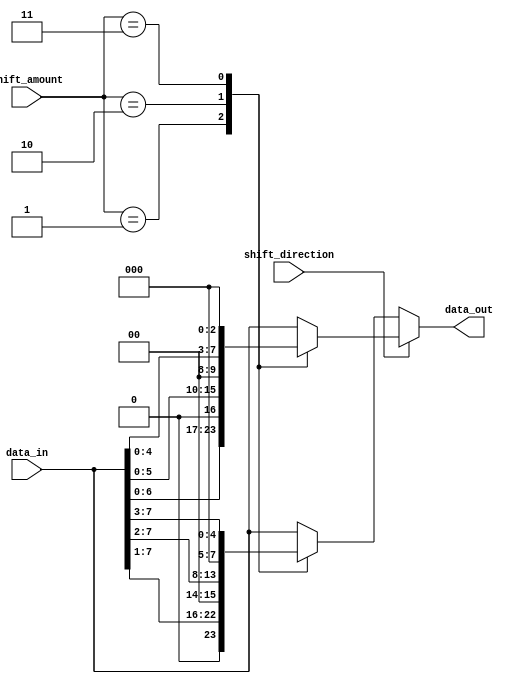
module barrel_shifter (
    input [7:0] data_in, // input data to be shifted
    input [2:0] shift_amount, // amount of shifting to be performed
    input shift_direction, // 0: right shift, 1: left shift
    output reg [7:0] data_out // shifted output data
);

reg [7:0] temp_data;

always @(*) begin
    temp_data = data_in;
    if (shift_direction == 1) begin // left shift
        case(shift_amount)
            3'd0: data_out = temp_data;
            3'd1: data_out = {temp_data[6:0], 1'b0};
            3'd2: data_out = {temp_data[5:0], 2'b00};
            3'd3: data_out = {temp_data[4:0], 3'b000};
            // continue for necessary shift amounts
            default: data_out = temp_data;
        endcase
    end
    else begin // right shift
        case(shift_amount)
            3'd0: data_out = temp_data;
            3'd1: data_out = {1'b0, temp_data[7:1]};
            3'd2: data_out = {2'b00, temp_data[7:2]};
            3'd3: data_out = {3'b000, temp_data[7:3]};
            // continue for necessary shift amounts
            default: data_out = temp_data;
        endcase
    end
end

endmodule